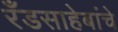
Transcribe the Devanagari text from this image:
रँडसाहेबांचे